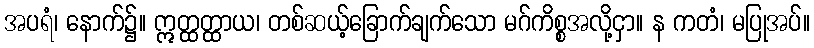
အပရံ၊ နောက်၌။ ဣတ္ထတ္ထာယ၊ တစ်ဆယ့်ခြောက်ချက်သော မဂ်ကိစ္စအလို့ငှာ။ န ကတံ၊ မပြုအပ်။